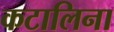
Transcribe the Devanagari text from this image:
कटालिना